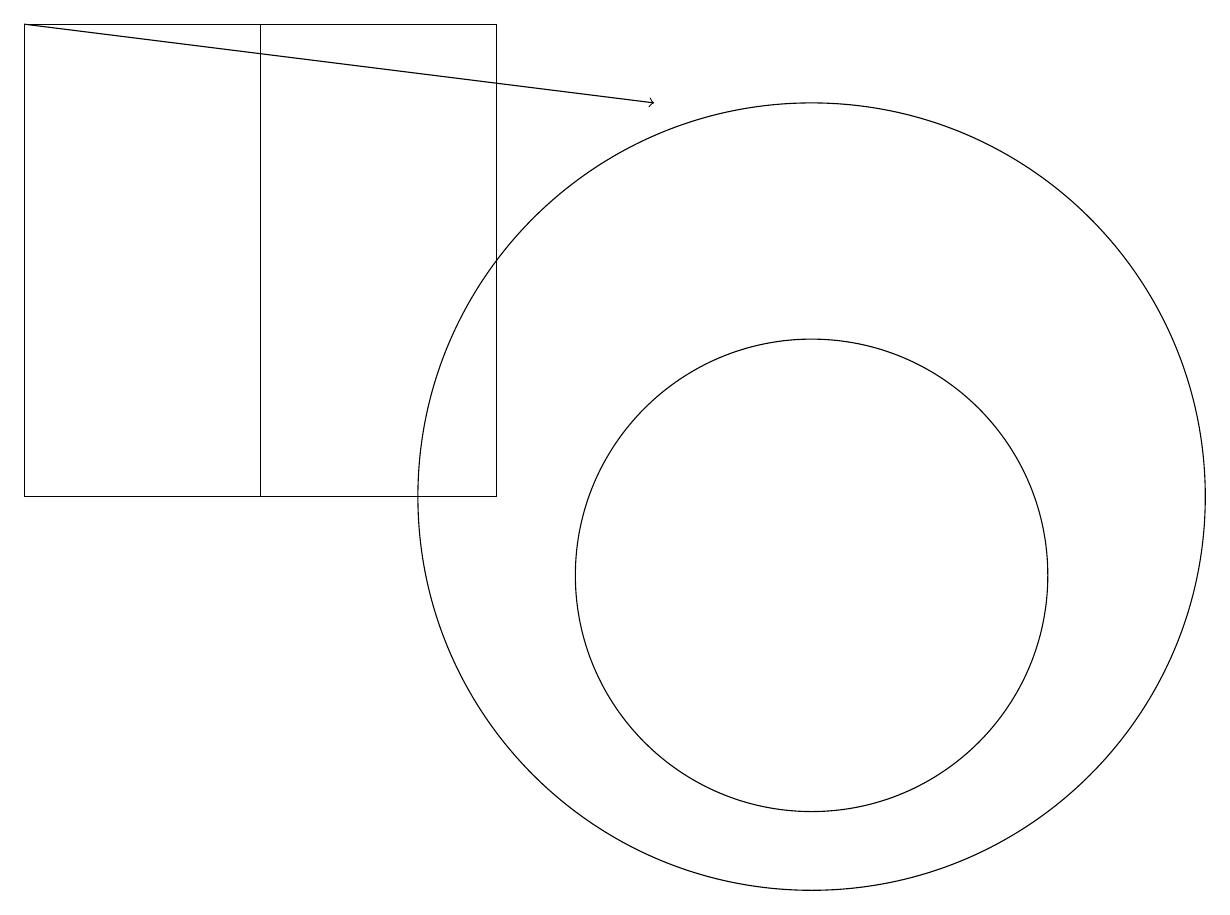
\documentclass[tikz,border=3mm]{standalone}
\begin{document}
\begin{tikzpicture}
\draw (10,11) circle (5);
\draw (3,11) rectangle (0,17);
\draw (10,10) circle (3);
\draw (0,17) rectangle (6,11);
\draw[->] (0,17) -- (8,16);
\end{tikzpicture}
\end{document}